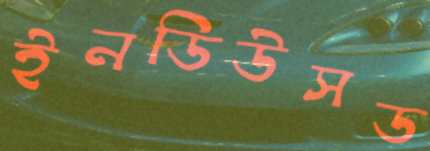
ইনডিউসড